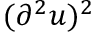
( \partial ^ { 2 } u ) ^ { 2 }